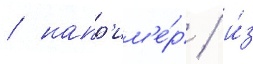
/ напр'им'е́р / и́з